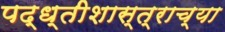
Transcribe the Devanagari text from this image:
पद्ध्तीशास्त्राच्या